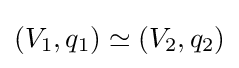
(V_{1},q_{1})\simeq (V_{2},q_{2})